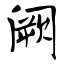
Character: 阙